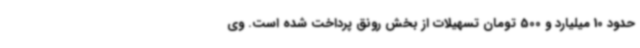
حدود 10 میلیارد و 500 تومان تسهیلات از بخش رونق پرداخت شده است. وی